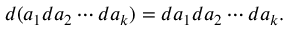
d ( a _ { 1 } d a _ { 2 } \cdots d a _ { k } ) = d a _ { 1 } d a _ { 2 } \cdots d a _ { k } .